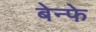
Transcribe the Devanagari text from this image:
बेन्फे